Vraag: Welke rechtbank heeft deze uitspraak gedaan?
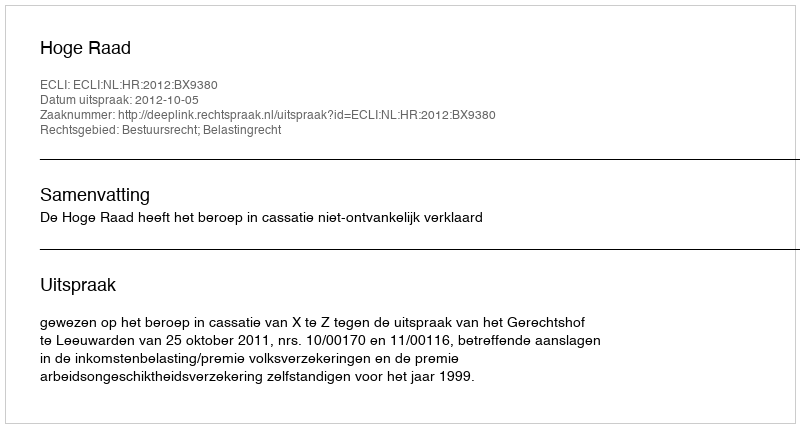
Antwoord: Hoge Raad